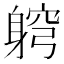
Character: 䠻